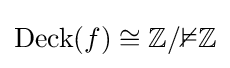
\operatorname {Deck} (f)\cong \mathbb {Z/2Z}